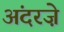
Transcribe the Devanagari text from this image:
अंदरज़े